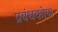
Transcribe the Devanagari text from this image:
प्रबंधकोण